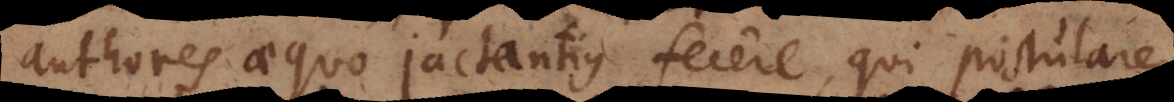
authores aequo jactantius fecere, qui postulare